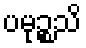
ပမုဉ္စသိ